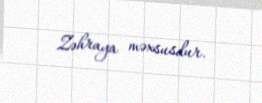
Zəhraya məxsusdur.